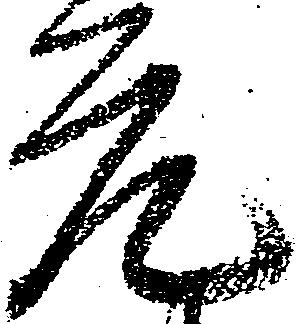
元